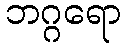
ဘဂ္ဂရော